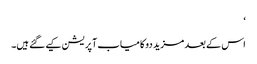
‘
اس کے بعد مزید دو کامیاب آپریشن کیے گئے ہیں۔